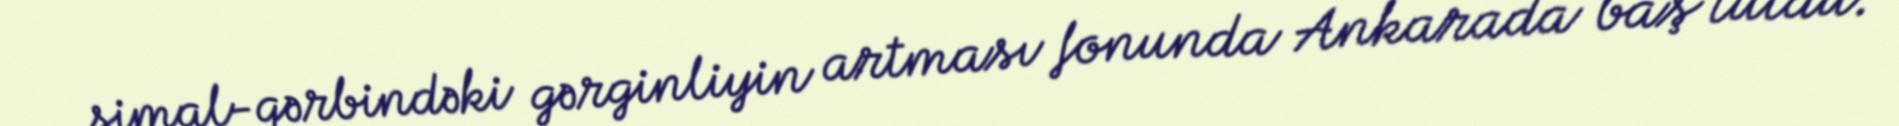
şimal-qərbindəki gərginliyin artması fonunda Ankarada baş tutdu.